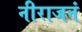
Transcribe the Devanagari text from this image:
नीराजनं